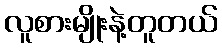
လူစားမျိုးနဲ့တူတယ်